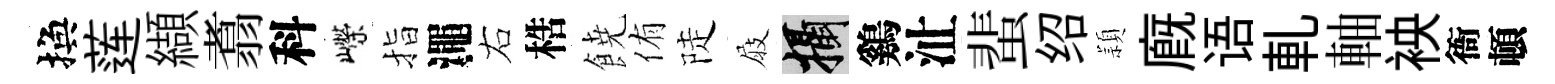
換莲纈翥科嶸指澠右梏𩜙侑陡屐攝鷄沚蜚绍頴廐语軋軸䘧衙頓